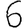
Digit: 6